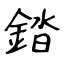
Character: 錔